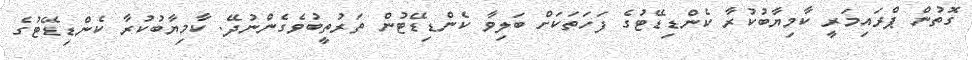
ގޮތުން ޕްރައިމަރީ ކާމިޔާބުކުރާ ކެންޑިޑޭޓުގެ ފަހަތަކަށް ބަލިވާ ކެންޑިޑޭޓުން ތަރުތީބުވެގެންނުދޭ. ކާމިޔާބުކުރާ ކެންޑިޑޭޓުގެ